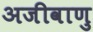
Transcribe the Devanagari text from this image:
अजीवाणु